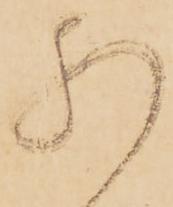
肝